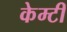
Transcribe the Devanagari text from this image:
केम्टी